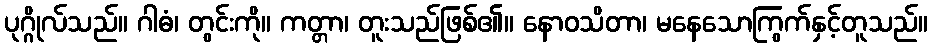
ပုဂ္ဂိုလ်သည်။ ဂါဓံ၊ တွင်းကို။ ကတ္တာ၊ တူးသည်ဖြစ်၏။ နောဝသိတာ၊ မနေသောကြွက်နှင့်တူသည်။